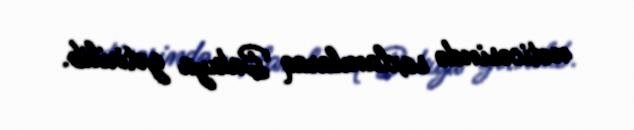
nəticəsində saxlanılaraq Bakıya gətirilib.